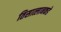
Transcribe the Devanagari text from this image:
तिसात्लानकडे